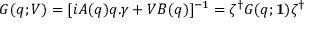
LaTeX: G ( q ; V ) = [ i A ( q ) q . \gamma + V B ( q ) ] ^ { - 1 } = \zeta ^ { \dagger } G ( q ; { \bf 1 } ) \zeta ^ { \dagger }